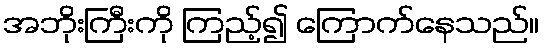
အဘိုးကြီးကို ကြည့်၍ ကြောက်နေသည်။